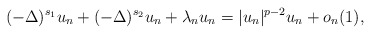
\begin{align*} (-\Delta)^{s_1} u_n +(-\Delta)^{s_2} u_n + \lambda_n u_n=|u_n|^{p-2} u_n+o_n(1),\end{align*}